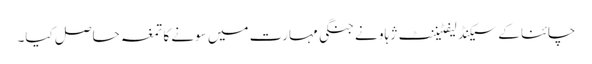
چائنا کے سیکنڈ لیفٹیننٹ ژہاو نے جنگی مہارت میں سونے کا تمغہ حاصل کیا۔